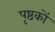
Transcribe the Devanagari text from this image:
पृष्ठकों